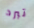
تبرد